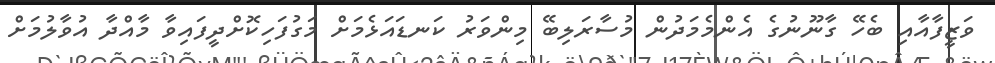
ވަޒީފާއާއި ބެހޭ ގާނޫނުގެ އެންމެމަދުން މުސާރަލިބޭ މިންވަރު ކަނޑައަޅެމަށް މަގުފަހިކޮށްދީފައިވާ މާއްދާ އުވާލުމަށް